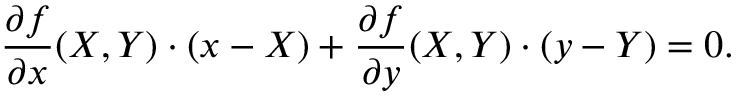
{ \frac { \partial f } { \partial x } } ( X , Y ) \cdot ( x - X ) + { \frac { \partial f } { \partial y } } ( X , Y ) \cdot ( y - Y ) = 0 .